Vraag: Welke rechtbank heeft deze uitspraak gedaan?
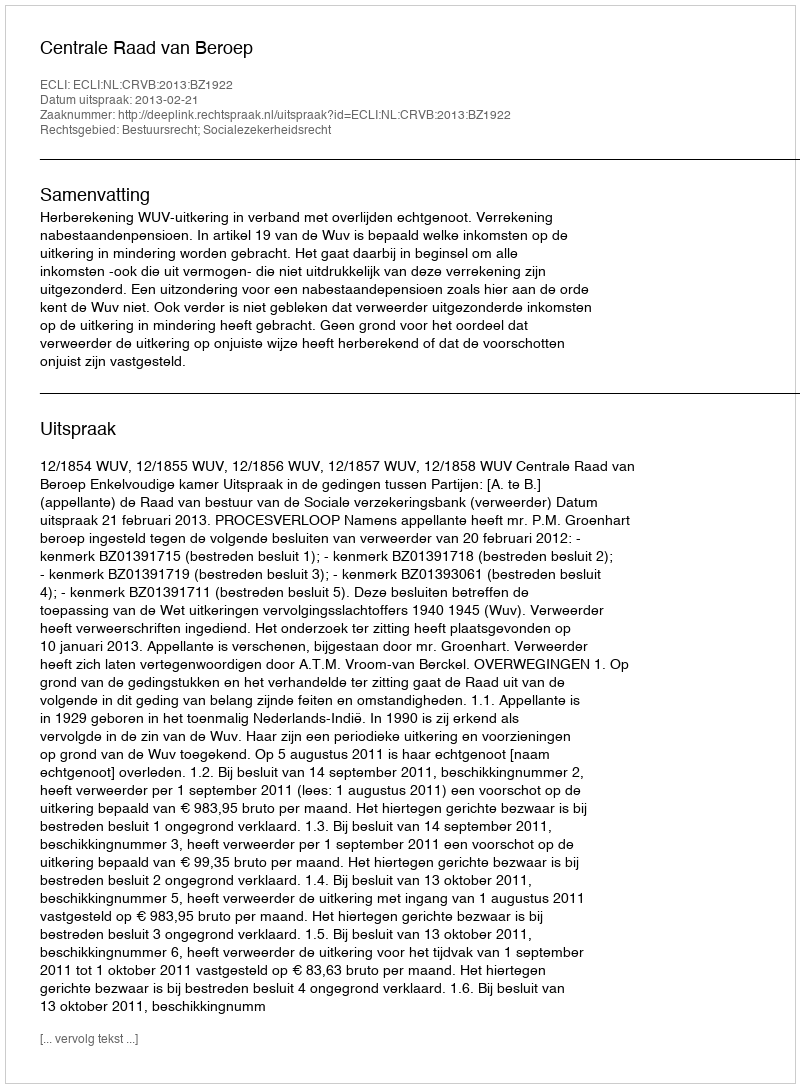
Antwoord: Centrale Raad van Beroep